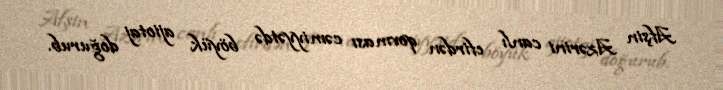
Afşin Azərini canlı efirdən qovması cəmiyyətdə böyük ajiotaj doğurub.